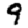
Digit: 9